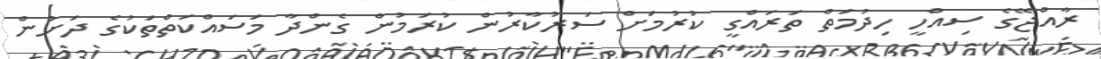
ރާއްޖޭގެ ސިއްހީ ހިދުމަތް ތަރައްގީ ކުރުމަށް ސަރުކާރުން ކުރަމުން ގެންދާ މަސައްކަތްތަކުގެ ދަށުން